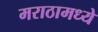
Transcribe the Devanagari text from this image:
मराठामध्ये